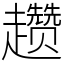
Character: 趱